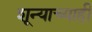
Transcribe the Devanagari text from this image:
शून्याच्याही